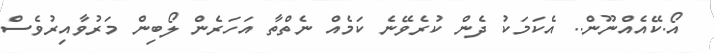
އޯ.ކޭއެއްނޫން.. އެކަމަކު ދެން ކުރެވޭނެ ކަމެއް ނެތްތާ އަހަރެން ލޯބިން މަރުވާއިރުވެސް